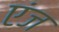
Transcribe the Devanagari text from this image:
एंज